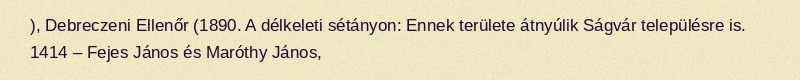
), Debreczeni Ellenőr (1890. A délkeleti sétányon: Ennek területe átnyúlik Ságvár településre is. 1414 – Fejes János és Maróthy János,